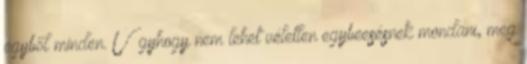
egyből minden. Úgyhogy nem lehet véletlen egybeesésnek mondani, meg